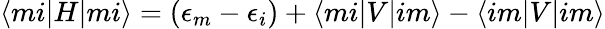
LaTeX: \langle mi|H|mi\rangle=(\epsilon_{m}-\epsilon_{i})+\langle mi|V|im\rangle-\langle im|V|im\rangle